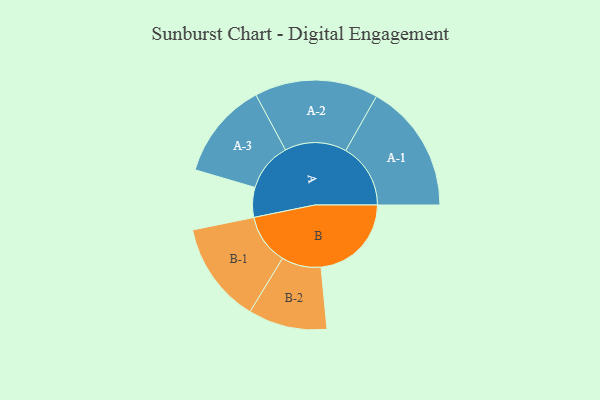
{"axis": {"x": "Segment", "y": "Value"}, "legend": ["", "A", "B"], "data": [{"x": "A", "y": 127, "type": ""}, {"x": "B", "y": 385, "type": ""}, {"x": "A-1", "y": 276, "type": "A"}, {"x": "A-2", "y": 263, "type": "A"}, {"x": "A-3", "y": 207, "type": "A"}, {"x": "B-1", "y": 215, "type": "B"}, {"x": "B-2", "y": 168, "type": "B"}]}